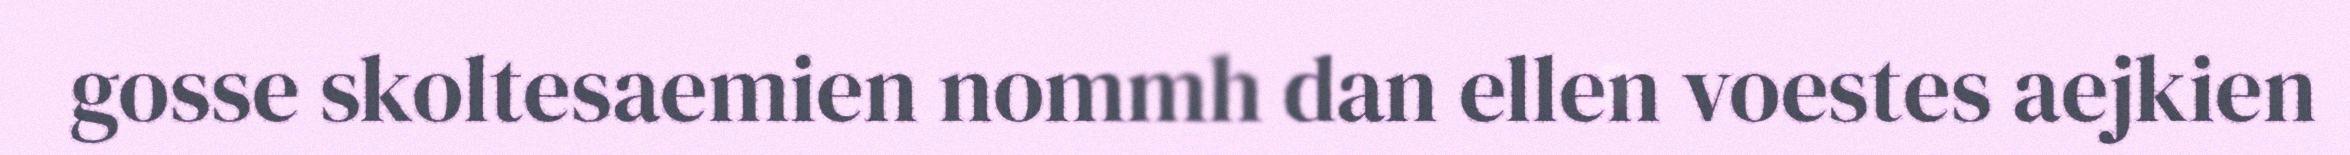
gosse skoltesaemien nommh dan ellen voestes aejkien